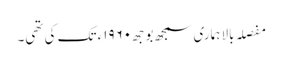
مفصلہ بالا ہماری سمجھ بوجھ١٩٦٠ء تک کی تھی۔